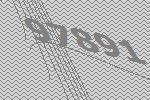
97891